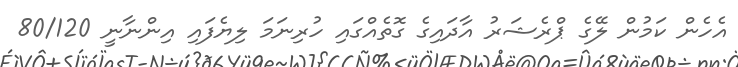
އެހެން ކަމުން ލޭގެ ޕްރެޝަރު އާދައިގެ ގޮތެއްގައި ހުރިނަމަ ލިޔެފައި އިންނާނީ 80/120